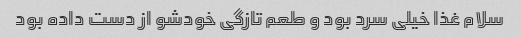
سلام غذا خیلی سرد بود و طعم تازگی خودشو از دست داده بود